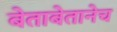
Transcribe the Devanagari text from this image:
बेताबेतानेच